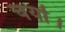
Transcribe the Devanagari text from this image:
चर्या।